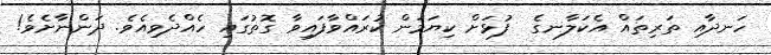
ހަނދާއި ތަރިތައް އެކަލާނގެ  ފުޅަށް ކިޔަމަން ކުރައްވާފައިވާ ގޮތުގައި ހެއްދެވިއެވެ. ދަންނާށެވެ!